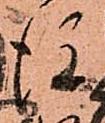
後